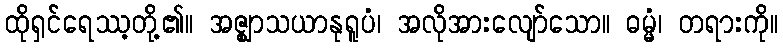
ထိုရှင်ရေဿ့တို့၏။ အဇ္ဈာသယာနုရူပံ၊ အလိုအားလျော်သော။ ဓမ္မံ၊ တရားကို။